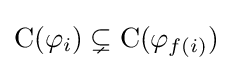
\mathrm {C} (\varphi _{i})\subsetneq \mathrm {C} (\varphi _{f(i)})